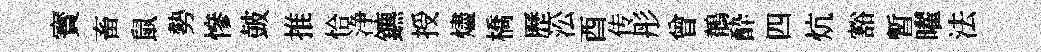
寳畜鼠勢慘皷推恰浄鑣授燼橋歷㳂酉传彤曾鶺酔四炕豁暫曜法